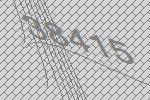
38415